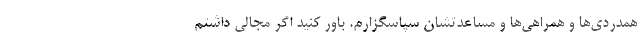
همدردی‌ها و همراهی‌ها و مساعدتشان سپاسگزارم. باور کنید اگر مجالی داشتم